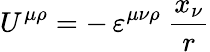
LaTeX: U^{\mu\rho}=-\, \varepsilon^{\mu\nu\rho}\ \frac{x_{\nu}}{r}